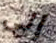
إلى